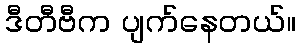
ဒီတီဗီက ပျက်နေတယ်။